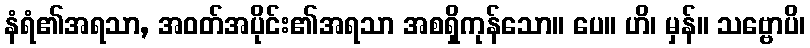
နံရံ၏အရသာ, အဝတ်အပိုင်း၏အရသာ အစရှိကုန်သော။ ပေ။ ဟိ၊ မှန်။ သဗ္ဗောပိ၊